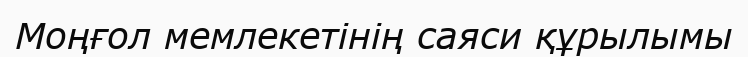
Моңғол мемлекетінің саяси құрылымы